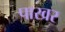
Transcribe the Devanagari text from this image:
पाखर